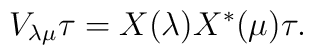
V_{\lambda \mu} \tau	= X(\lambda) X^*(\mu) \tau.